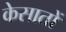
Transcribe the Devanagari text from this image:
केसातों